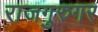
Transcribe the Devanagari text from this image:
राजगुरुगर